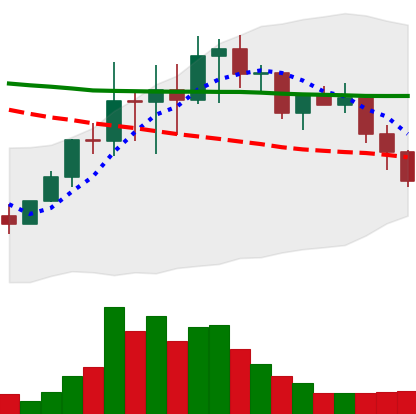
Ticker: LINK-USD
Chart end date: 2022-01-19
Forward return: -28.031%
Label: down_7plus